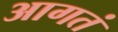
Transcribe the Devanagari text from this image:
आगतं